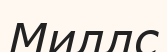
Миллс